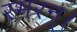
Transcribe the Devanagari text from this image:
स्मरन्‌।